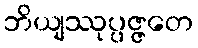
ဘိယျဿုပ္ပဇ္ဇတေ